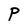
Character: P